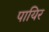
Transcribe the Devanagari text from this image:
पायिर